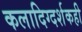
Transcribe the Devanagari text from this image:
कलादिग्दर्शकही